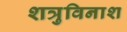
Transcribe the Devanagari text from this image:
शत्रुविनाश